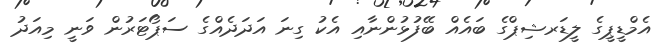
އެމްޑީޕީގެ ލީޑަރޝިޕްގެ ބައެއް ބޭފުޅުންނާއި އެކު ގިނަ އަދަދެއްގެ ސަޕޯޓަރުން ވަނީ މިއަދު